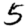
Digit: 5